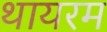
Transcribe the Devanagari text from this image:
थायरम